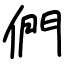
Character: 們